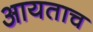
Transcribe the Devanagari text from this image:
आयताच